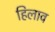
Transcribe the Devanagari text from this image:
हिलाव